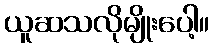
ယူဆသလိုမျိုးပေါ့။